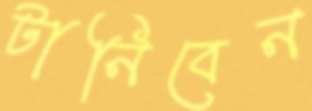
টানিবেন